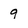
Character: 9